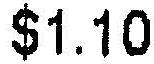
$1.10